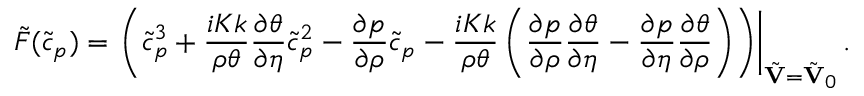
\tilde { F } ( \tilde { c } _ { p } ) = \left. \left( \tilde { c } _ { p } ^ { 3 } + \frac { i K k } { \rho \theta } \frac { \partial \theta } { \partial \eta } \tilde { c } _ { p } ^ { 2 } - \frac { \partial p } { \partial \rho } \tilde { c } _ { p } - \frac { i K k } { \rho \theta } \left( \frac { \partial p } { \partial \rho } \frac { \partial \theta } { \partial \eta } - \frac { \partial p } { \partial \eta } \frac { \partial \theta } { \partial \rho } \right) \right) \right\vert _ { \tilde { \mathbf { V } } = \tilde { \mathbf { V } } _ { 0 } } .